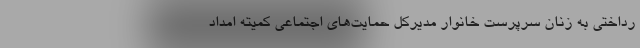
رداختی به زنان سرپرست خانوار مدیرکل حمایت‌های اجتماعی کمیته امداد